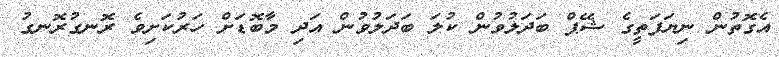
އެގޮތުން ނިޔަފަތީގެ ޝޭޕް ބަދަލުވުން ކުލަ ބަދަލުވުން އަދި މާބޮޑަށް ހަރުކަށިވެ ރޮނގުރޮނގު